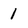
Character: 1